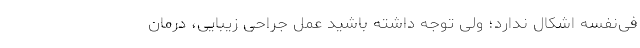
فی‌نفسه‌ اشکال ندارد؛ ولی توجه داشته باشید عمل جراحی زیبایی، درمان